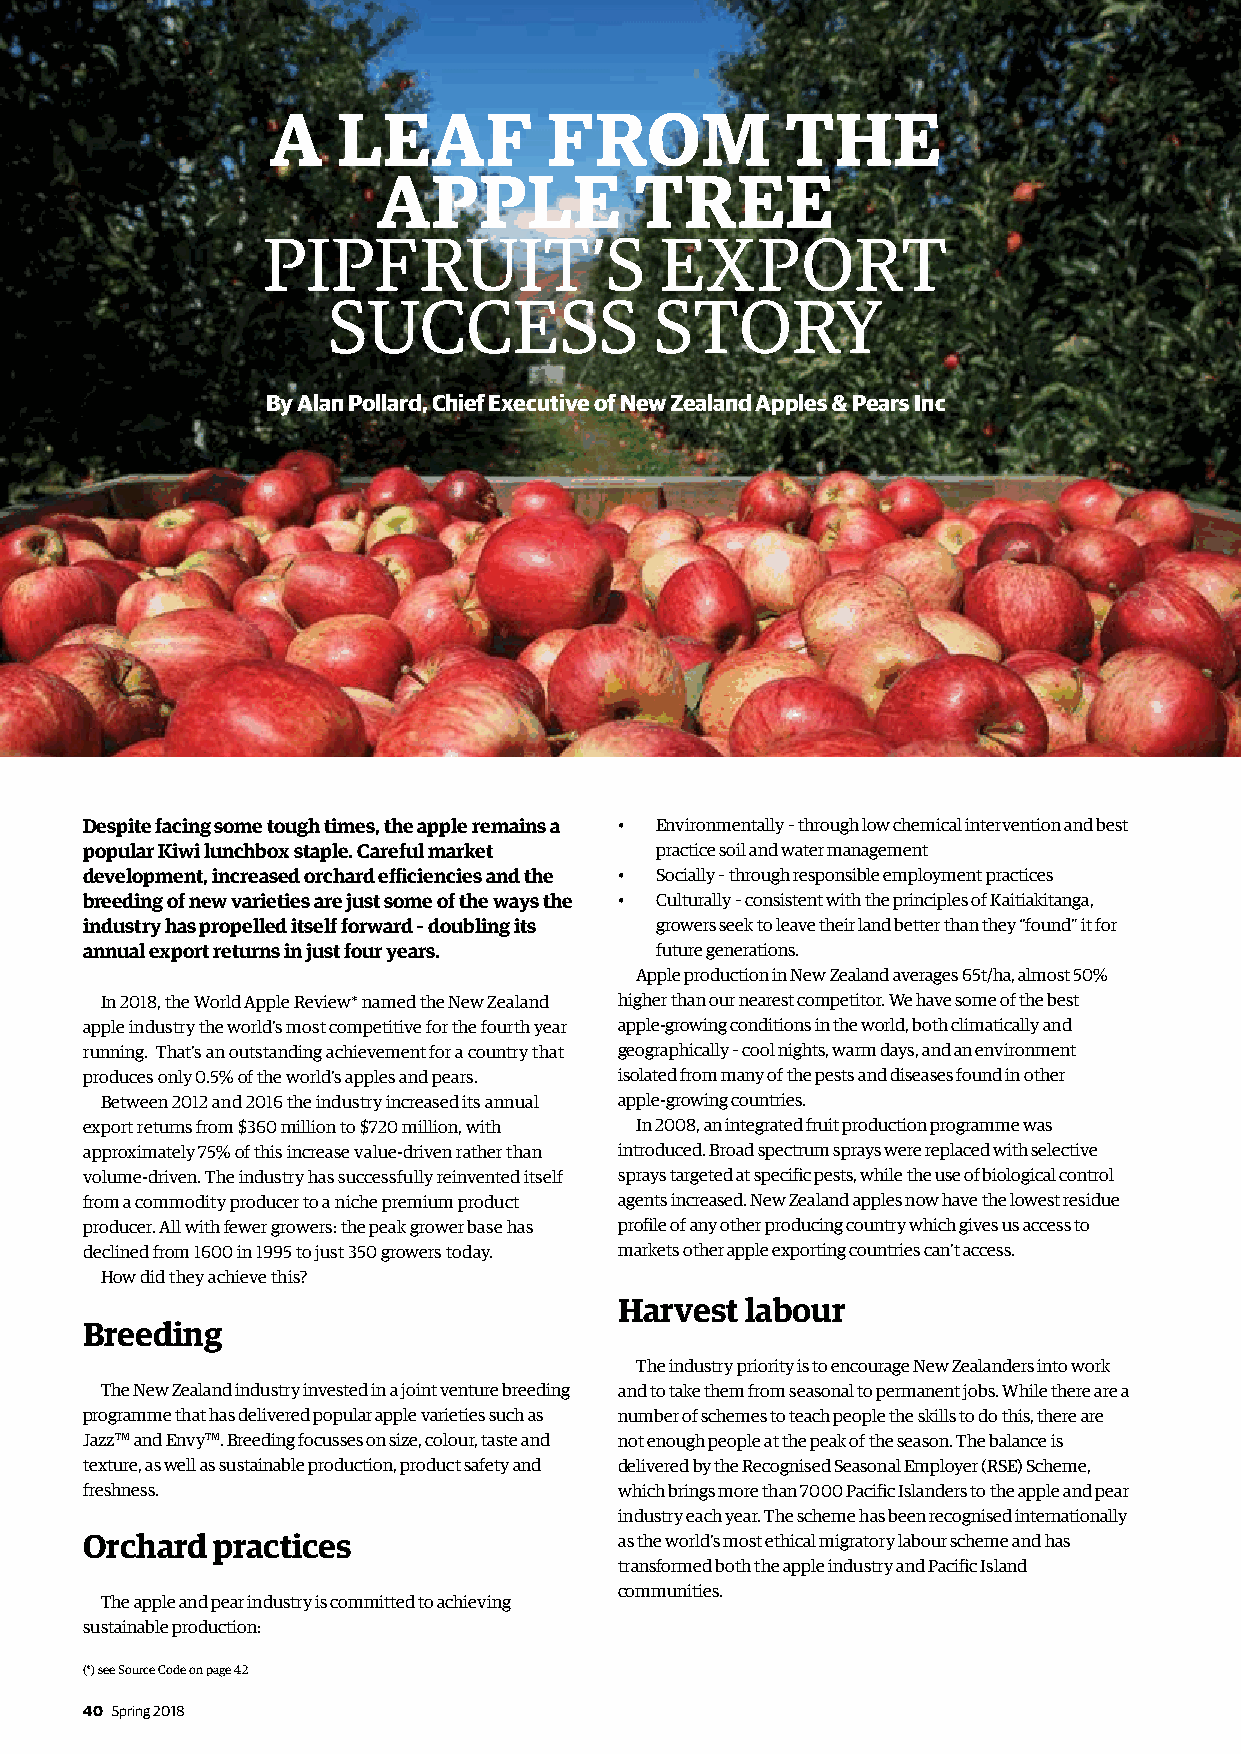
A   LEAF          FROM            THE
 APPLE            TREE
 PIPFRUIT’S                 EXPORT
 SUCCESS              STORY
 By Alan Pollard, Chief Executive of New Zealand Apples & Pears Inc
 Despite facing some tough times, the apple remains a • Environmentally – through low chemical intervention and best
 popular Kiwi lunchbox staple. Careful market practice soil and water management
 development, increased orchard efficiencies and the • Socially – through responsible employment practices
 breeding of new varieties are just some of the ways the • Culturally – consistent with the principles of Kaitiakitanga,
 industry has propelled itself forward – doubling its growers seek to leave their land better than they “found” it for
 annual export returns in just four years. future generations.
 Apple production in New Zealand averages 65t/ha, almost 50%
 In 2018, the World Apple Review* named the New Zealand higher than our nearest competitor. We have some of the best
 apple industry the world’s most competitive for the fourth year apple-growing conditions in the world, both climatically and
 running. That’s an outstanding achievement for a country that geographically – cool nights, warm days, and an environment
 produces only 0.5% of the world’s apples and pears. isolated from many of the pests and diseases found in other
 Between 2012 and 2016 the industry increased its annual apple-growing countries.
 export returns from $360 million to $720 million, with In 2008, an integrated fruit production programme was
 approximately 75% of this increase value-driven rather than introduced. Broad spectrum sprays were replaced with selective
 volume-driven. The industry has successfully reinvented itself sprays targeted at specific pests, while the use of biological control
 from a commodity producer to a niche premium product agents increased. New Zealand apples now have the lowest residue
 producer. All with fewer growers: the peak grower base has profile of any other producing country which gives us access to
 declined from 1600 in 1995 to just 350 growers today. markets other apple exporting countries can’t access.
 How did they achieve this?
 Harvest labour
 Breeding
 The industry priority is to encourage New Zealanders into work
 The New Zealand industry invested in a joint venture breeding and to take them from seasonal to permanent jobs. While there are a
 programme that has delivered popular apple varieties such as number of schemes to teach people the skills to do this, there are
 JazzTM and EnvyTM. Breeding focusses on size, colour, taste and not enough people at the peak of the season. The balance is
 texture, as well as sustainable production, product safety and delivered by the Recognised Seasonal Employer (RSE) Scheme,
 freshness.                          which brings more than 7000 Pacific Islanders to the apple and pear
 industry each year. The scheme has been recognised internationally
 Orchard  practices                  as the world’s most ethical migratory labour scheme and has
 transformed both the apple industry and Pacific Island
 communities.
 The apple and pear industry is committed to achieving
 sustainable production:
 (*) see Source Code on page 42
 40 Spring 2018